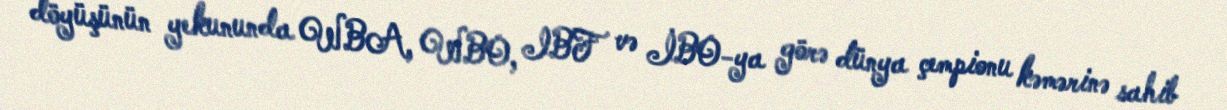
döyüşünün yekununda WBA, WBO, IBF və İBO-ya görə dünya çempionu kəmərinə sahib